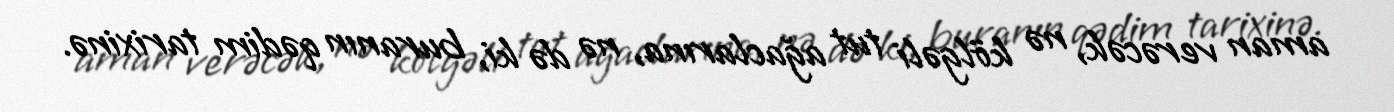
aman verəcək, nə kölgəli tut ağaclarına, nə də ki, buranın qədim tarixinə.